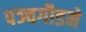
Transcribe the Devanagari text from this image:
पञ्चगौडमे